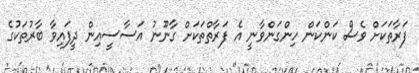
ފަރާތަކަށް ވެސް ކަންކަން ހިންގަންވާނީ އެ ފަރާތްތަކަށް ގާނޫނު އަސާސީއިން ދީފައިވާ ބާރުތަކުގެ